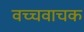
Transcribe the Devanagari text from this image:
वच्चवाचक